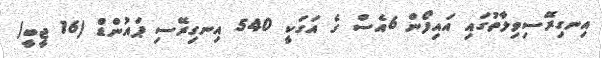
އިނގިރޭސިވިލާތުގައި އައިފޯން 6އެސް ގެ އަގަކީ 540 އިނގިރޭސި ޕައުންޑް (16 ޖީބީ)